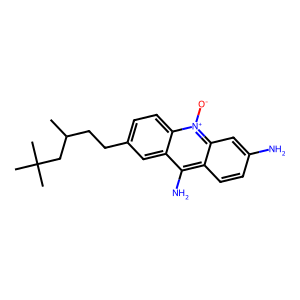
SMILES: CC(CCc1ccc2c(c1)c(N)c1ccc(N)cc1[n+]2[O-])CC(C)(C)C
Inhibits HIV replication: No